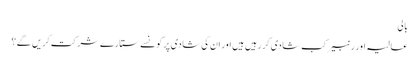
بالی
عالیہ اور رنبیر کب شادی کر رہیں ہیں اور ان کی شادی پر کونسے ستارے شرکت کریں گے ؟